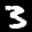
Digit: 3